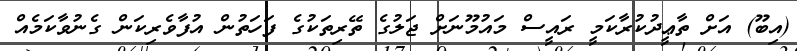
(އިބޫ) އަށް ތާޢީދުކުރާކަމީ ރައީސް މައުމޫނަށް ޖަލުގެ ތޭރިތަކުގެ ފަހަތުން އުފާވެރިކަން ގެނުވާކަމެއް